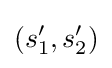
(s_{1}',s_{2}')